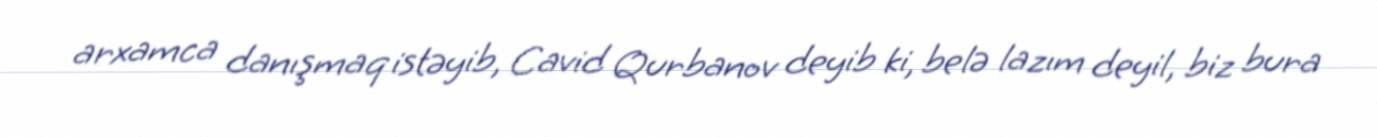
arxamca danışmaq istəyib, Cavid Qurbanov deyib ki, belə lazım deyil, biz bura